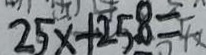
2 5 x + 2 5 8 =